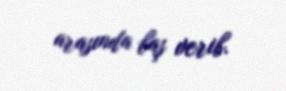
arasında baş verib.